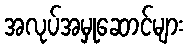
အလုပ်အမှုဆောင်များ